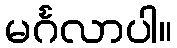
မင်္ဂလာပါ။